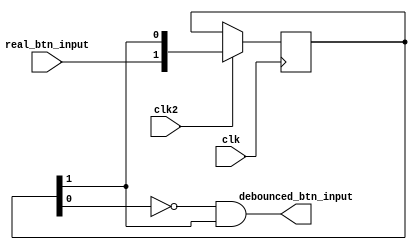
`timescale 1ns / 1ps
//////////////////////////////////////////////////////////////////////////////////
// Company: 
// Engineer: 
// 
// Design Name: 
// Module Name:    Debouncer 
// Project Name: 
// Target Devices: 
// Tool versions: 
// Description: 
//
// Dependencies: 
//
// Revision: 
// Revision 0.01 - File Created
// Additional Comments: 
//
//////////////////////////////////////////////////////////////////////////////////

module Debouncer(
    input clk,
	 input clk2,
    input real_btn_input,
    output debounced_btn_input
    );

		reg [1:0] btn_delay_counter;
		assign debounced_btn_input = (~btn_delay_counter[0] && btn_delay_counter[1]);

		always @(posedge clk ) begin
			if( clk2 == 1 ) begin
					btn_delay_counter <= {real_btn_input, btn_delay_counter[1]};
			end
			else begin
					btn_delay_counter <= btn_delay_counter;
			end
		end

endmodule